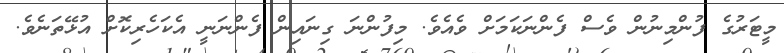
މީޓަރުގެ ފުންމިނުން ވެސް ފެންނަކަމަށް ވެއެވެ. މިފުންނަ ގިނައިން ފެންނަނީ އެކަހެރިކޮށް އުޅޭތަނެވެ.